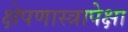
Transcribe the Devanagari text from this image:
क्षेपणास्त्रापेक्षा